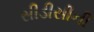
સીડીસીની